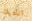
اناديك